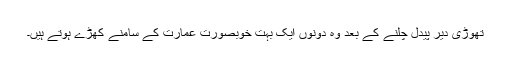
تھوڑی دیر پیدل چلنے کے بعد وہ دونوں ایک بہت خوبصورت عمارت کے سامنے کھڑے ہوتے ہیں۔